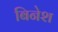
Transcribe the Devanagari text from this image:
बिनेश